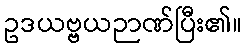
ဥဒယဗ္ဗယဉာဏ်ပြီး၏။